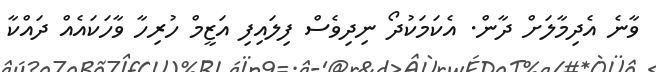
ވާނެ އެދިމާލަށް ދާން. އެކަމަކުދޯ ނިދިވެސް ފިލައިފި އަޒީމް ހުރިހާ ވާހަކައެއް ދައްކާ